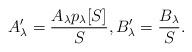
LaTeX: \begin{align*}A_\lambda' = \frac{A_\lambda p_\lambda[S]} S,B_\lambda' = \frac{B_\lambda}{S}.\end{align*}